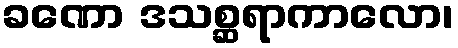
ခဏော ဒသစ္ဆရာကာလော၊